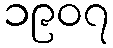
၁၉၀၇